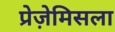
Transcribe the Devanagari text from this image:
प्रेज़ेमिसला